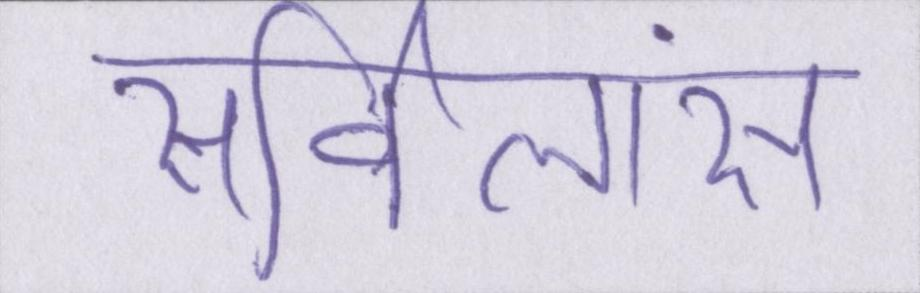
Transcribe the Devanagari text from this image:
सर्विलांस